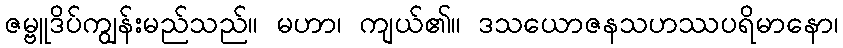
ဇမ္ဗူဒိပ်ကျွန်းမည်သည်။ မဟာ၊ ကျယ်၏။ ဒသယောဇနသဟဿပရိမာနော၊